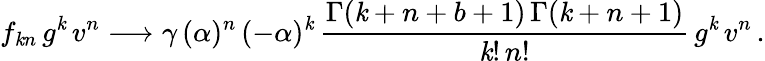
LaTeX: f_{\mathit{k}n}\, g^{\mathit{k}}\, v^{n}\longrightarrow\gamma\, (\alpha)^{n}\, (-\alpha)^{\mathit{k}}\, \frac{{\Gamma(\mathit{k}+n+b+1)\, \Gamma(\mathit{k}+n+1)}}{{\mathit{k}!\, n!}}\, g^{\mathit{k}}\, v^{n}\, .